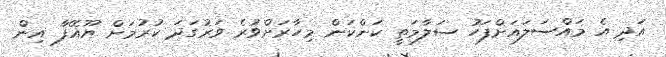
އަދި އެ މައްސަލައަށްފަހު ސަލާމަތީ ކަންކަން މިހާރަށްވުރެ ވަރުގަދަ ކުރުމަށް ޔޫއޭފާ އިން